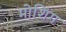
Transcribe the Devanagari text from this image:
मोशिंग